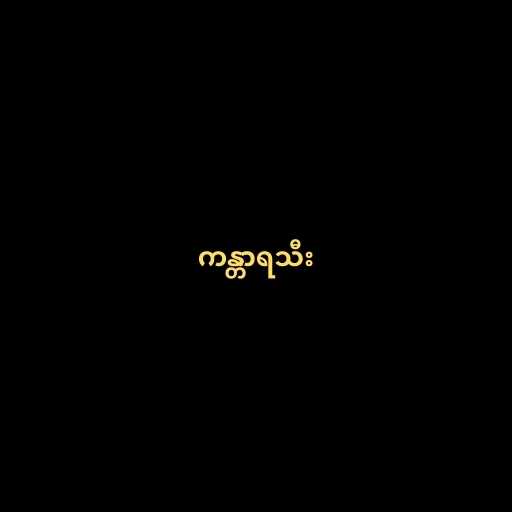
ကန္တာရသီး